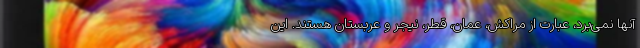
آنها نمی‌برد، عبارت از مراکش، عمان، قطر، نیجر و عربستان هستند. این